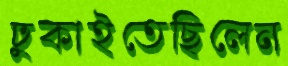
ঢুকাইতেছিলেন